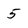
Character: 5